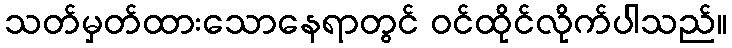
သတ်မှတ်ထားသောနေရာတွင် ဝင်ထိုင်လိုက်ပါသည်။